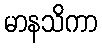
မာနသိကာ